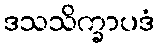
ဒသသိက္ခာပဒံ